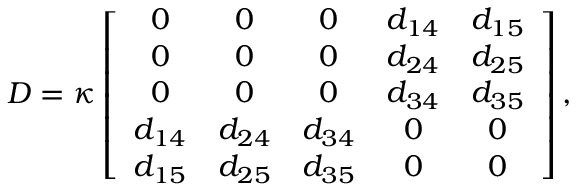
D = \kappa \left[ \begin{array} { c c c c c } { 0 } & { 0 } & { 0 } & { d _ { 1 4 } } & { d _ { 1 5 } } \\ { 0 } & { 0 } & { 0 } & { d _ { 2 4 } } & { d _ { 2 5 } } \\ { 0 } & { 0 } & { 0 } & { d _ { 3 4 } } & { d _ { 3 5 } } \\ { d _ { 1 4 } } & { d _ { 2 4 } } & { d _ { 3 4 } } & { 0 } & { 0 } \\ { d _ { 1 5 } } & { d _ { 2 5 } } & { d _ { 3 5 } } & { 0 } & { 0 } \end{array} \right] ,